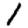
Digit: 1